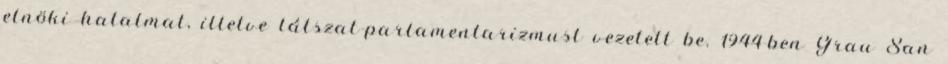
elnöki hatalmat, illetve látszat-parlamentarizmust vezetett be. 1944-ben Grau San